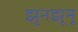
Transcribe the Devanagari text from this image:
झुनझूनू